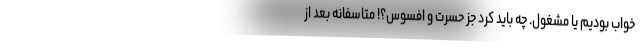
خواب بودیم یا مشغول. چه باید کرد جز حسرت و افسوس؟! متاسفانه بعد از